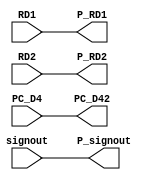
module ID_EX(PC_D4, RD1, RD2, signout, PC_D42, P_RD1, P_RD2, P_signout);

    input [31:0] PC_D4;
    input [31:0] RD1;
    input [31:0] RD2;
    input [31:0] signout;
    output reg [31:0] PC_D42;
    output reg [31:0] P_RD1;
    output reg [31:0] P_RD2;
    output reg [31:0] P_signout;

    always @(*) begin
        PC_D42 <= PC_D4;
        P_RD1 <= RD1;
        P_RD2 <= RD2;
        P_signout <= signout;
    end


endmodule